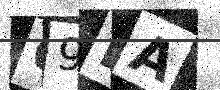
Text: 09LA